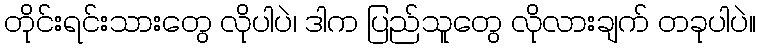
တိုင်းရင်းသားတွေ လိုပါပဲ၊ ဒါက ပြည်သူတွေ လိုလားချက် တခုပါပဲ။